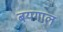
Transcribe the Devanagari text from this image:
बयगाल